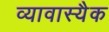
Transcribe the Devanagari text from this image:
व्यावास्यैक